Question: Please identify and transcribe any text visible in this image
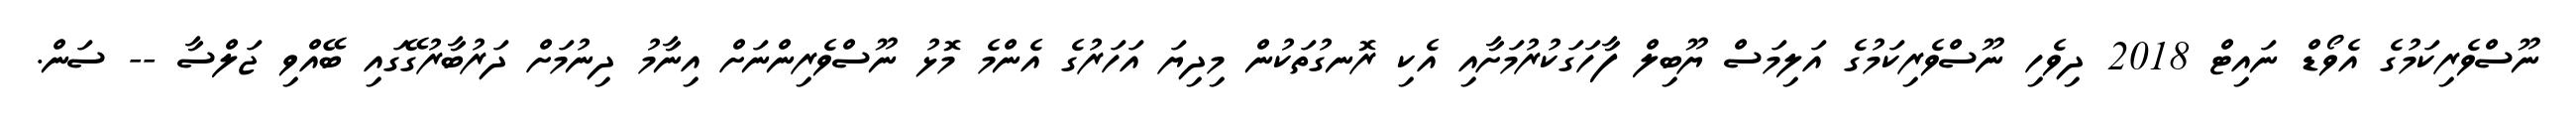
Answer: ނޫސްވެރިކަމުގެ އެވޯޑް ނައިޓް 2018 ދިވެހި ނޫސްވެރިކަމުގެ އަލިމަސް ޔޫބިލް ފާހަގަކުރުމަށާއި އެކި ރޮނގުތަކުން މިދިޔަ އަހަރުގެ އެންމެ މޮޅު ނޫސްވެރިންނަށް އިނާމު ދިނުމަށް ދަރުބާރުގޭގައި ބޭއްވި ޖަލްސާ -- ސަން.